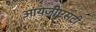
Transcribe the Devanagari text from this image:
आयजीएसटी